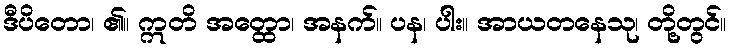
ဒီပိတော၊ ၏။ ဣတိ အတ္ထော၊ အနက်။ ပန၊ ပါး။ အာယတနေသု၊ တို့တွင်။